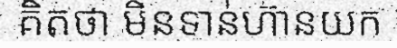
គិតថា មិនទាន់ហ៊ានយក